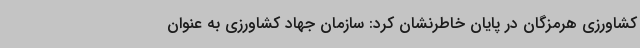
کشاورزی هرمزگان در پایان خاطرنشان کرد: سازمان جهاد کشاورزی به عنوان